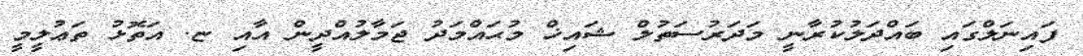
ފައިނަލްގައި ބައްދަލުކުރާނީ މަދަރުސަތުލް ޝައިޚް މުޙައްމަދު ޖަމާލުއްދީން އާއި ޏ. އަތޮޅު ތަޢުލީމީ